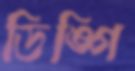
ডিঙ্গি